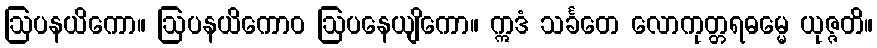
ဩပနယိကော။ ဩပနယိကောဝ ဩပနေယျိကော။ ဣဒံ သင်္ခတေ လောကုတ္တရဓမ္မေ ယုဇ္ဇတိ။